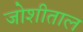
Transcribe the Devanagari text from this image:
जोशीताल